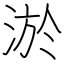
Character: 淤